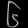
Digit: ၆